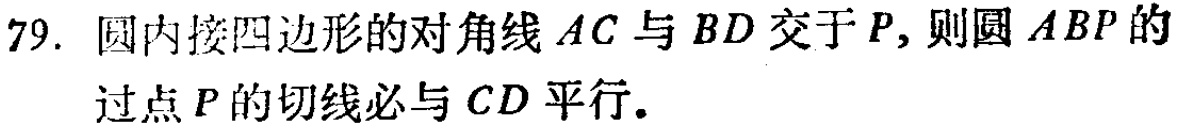
79. 圆内接四边形的对角线\(AC\)与\(BD\)交于\(P\)，则圆\(ABP\)的过点\(P\)的切线必与\(CD\)平行。